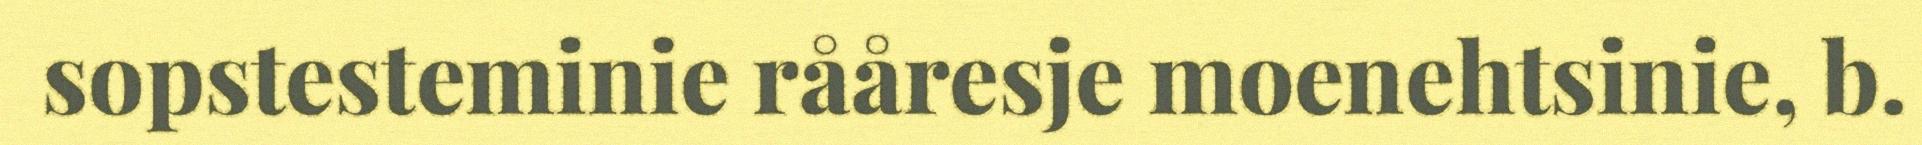
sopstesteminie rååresje moenehtsinie, b.